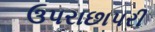
ઉપરાછાપરી